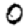
Digit: 0